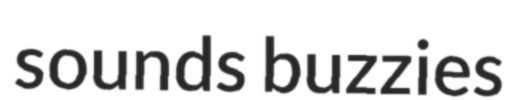
sounds buzzies